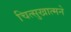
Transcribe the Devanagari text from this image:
चित्सुखात्मने